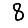
Digit: 8